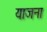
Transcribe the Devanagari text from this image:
याजना